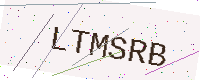
Text: LTMSRB